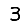
Digit: 3